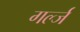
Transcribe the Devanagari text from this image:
गर्ल्‍ज